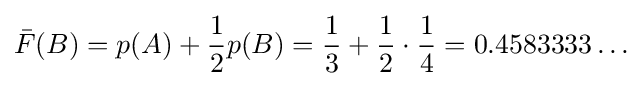
{\bar {F}}(B)=p(A)+{\frac {1}{2}}p(B)={\frac {1}{3}}+{\frac {1}{2}}\cdot {\frac {1}{4}}=0.4583333\ldots